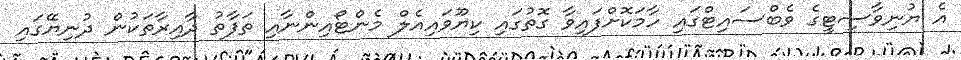
އެ ޔުނިވާސިޓީގެ ވެބްސައިޓްގައި ހާމަކޮށްފައިވާ ގޮތުގައި ކިޔޫވައިއެލް މެންޓޯއިންނާއި ތަފާތު ދާއިރާތަކުން ދުނިޔޭގައި